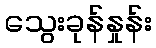
သွေးခုန်နှုန်း